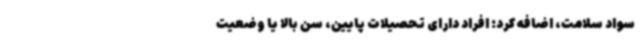
سواد سلامت، اضافه کرد: افراد دارای تحصیلات پایین، سن بالا یا وضعیت